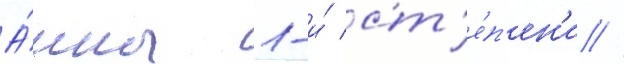
А́нны 1-и́ ст'е́п'ен'и //